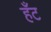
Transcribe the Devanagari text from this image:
हँट